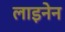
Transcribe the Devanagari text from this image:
लाइनेन